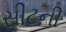
સીટની